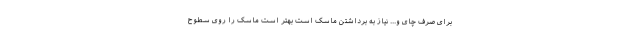
برای صرف چای و... نیاز به برداشتن ماسک است بهتر است ماسک را روی سطوح